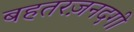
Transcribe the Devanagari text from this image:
बहतरज़नदगी